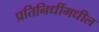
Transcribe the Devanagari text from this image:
प्रतिनिधींमधील